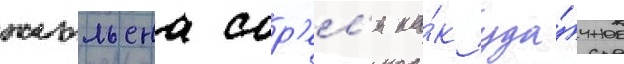
жюльена сор'ел'я ка́к уда́чное